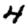
Digit: 4